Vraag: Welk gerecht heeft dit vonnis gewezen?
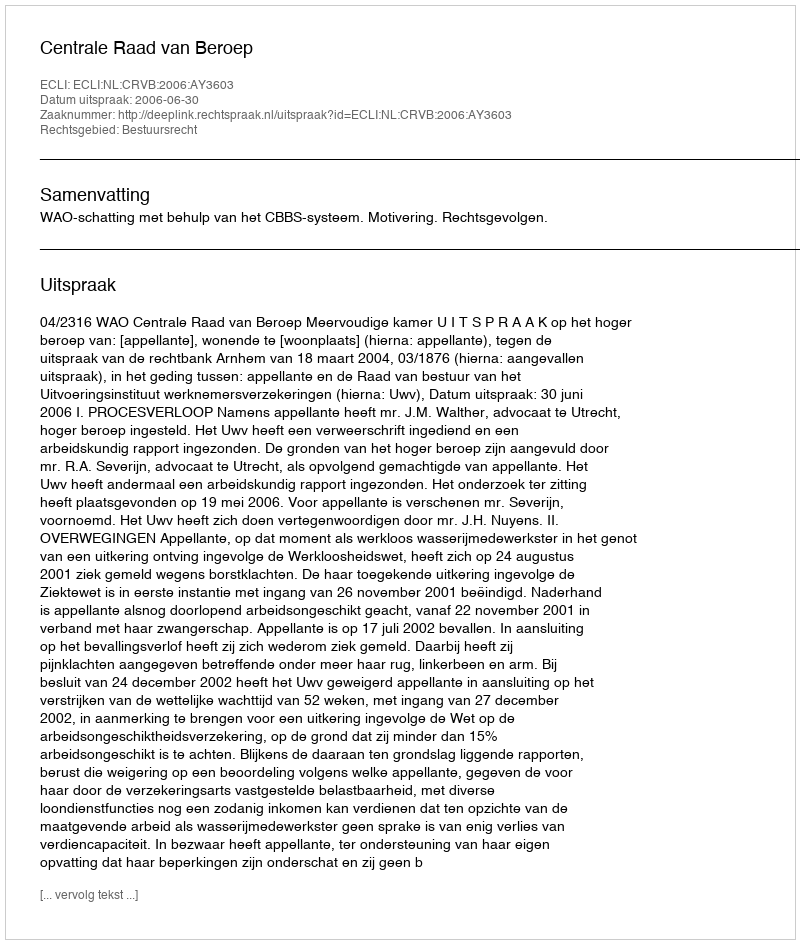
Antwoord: Centrale Raad van Beroep